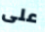
على